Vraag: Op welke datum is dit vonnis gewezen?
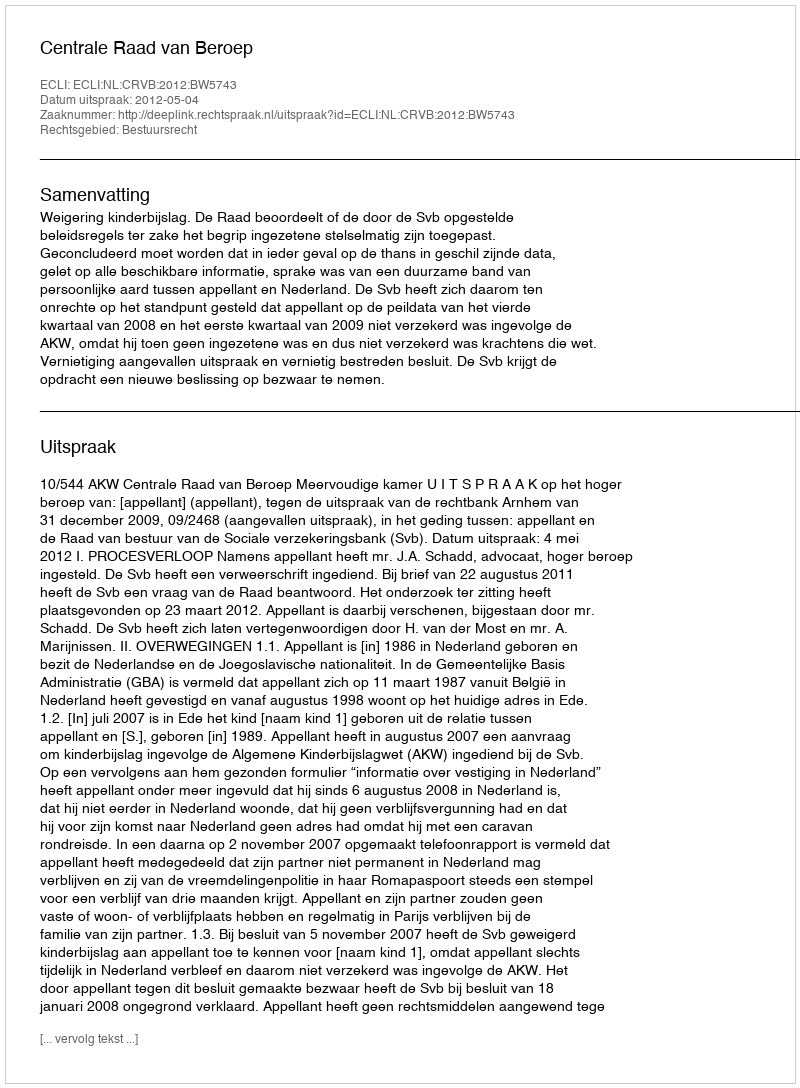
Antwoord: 2012-05-04